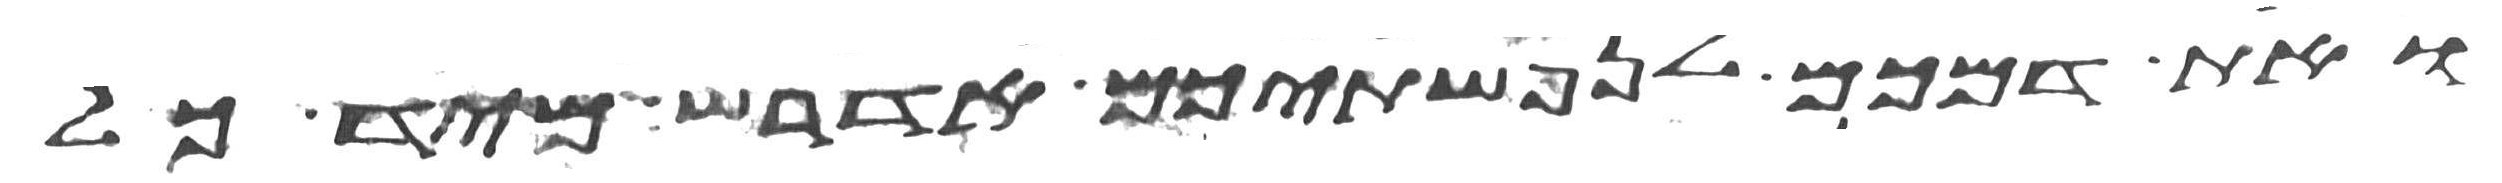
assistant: ואת דמכם לנפשתיכם אדרש מיד כל